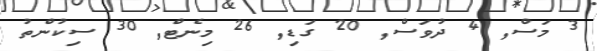
3 މަސް